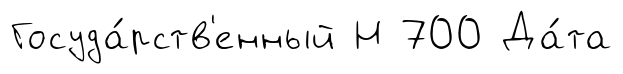
Госуда́рств'енный Н 700 Да́та